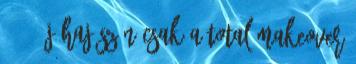
: 10 új haj szín csak a Total Makeover